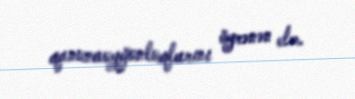
qanunauyğunluqlarını öyrənən elm.